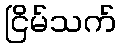
ငြိမ်သက်